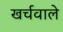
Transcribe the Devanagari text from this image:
खर्चवाले